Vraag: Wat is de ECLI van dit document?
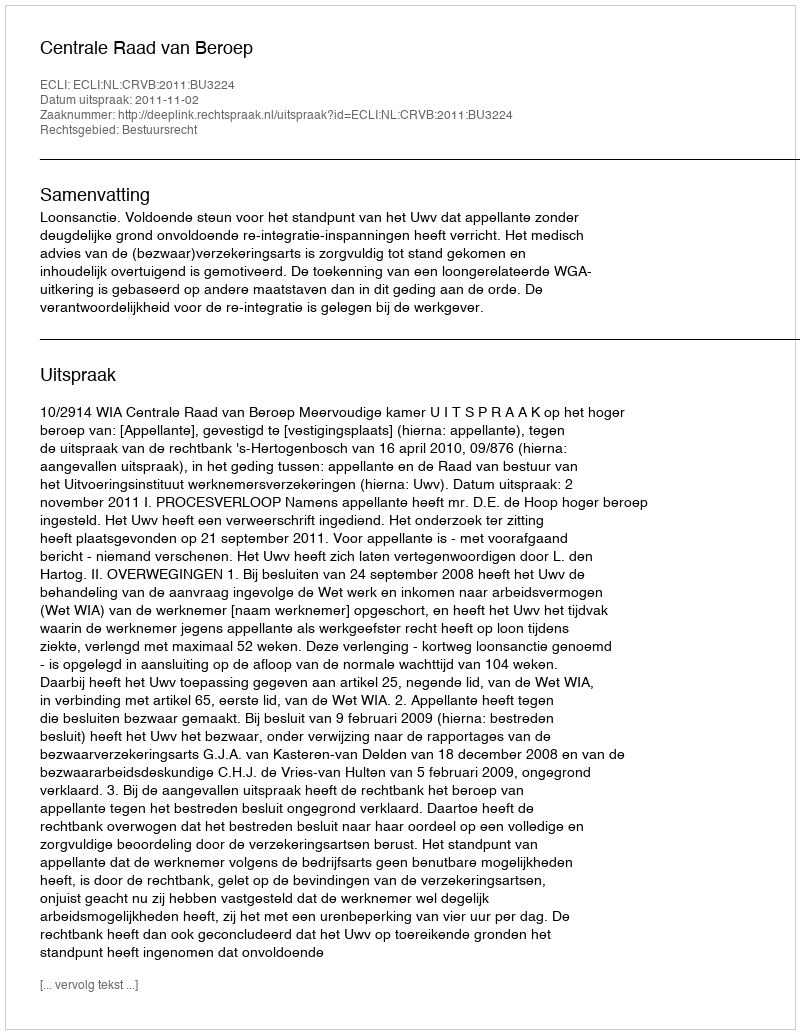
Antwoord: ECLI:NL:CRVB:2011:BU3224